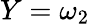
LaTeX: Y=\omega_{2}